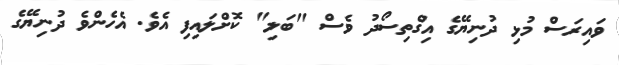
ވައިރަސް މުޅި ދުނިޔޭގެ އިގްތިސޯދު ވެސް "ބަލި" ކޮށްލައިފި އެވެ. އެހެންވެ ދުނިޔޭގެ